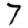
Digit: 7